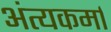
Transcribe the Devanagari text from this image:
अंत्यकर्मा